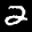
Label: 2